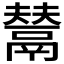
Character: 𩰿